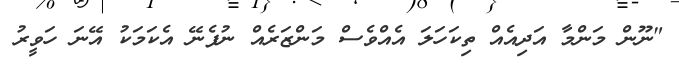
"ނޫން މަންމާ އަދިއެއް ތިކަހަލަ އެއްވެސް މަންޒަރެއް ނުފެނޭ އެކަމަކު އޭނަ ހަވީރު